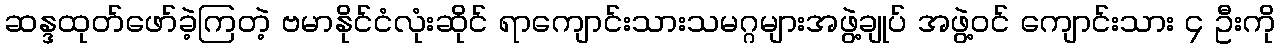
ဆန္ဒထုတ်ဖော်ခဲ့ကြတဲ့ ဗမာနိုင်ငံလုံးဆိုင် ရာကျောင်းသားသမဂ္ဂများအဖွဲ့ချုပ် အဖွဲ့ဝင် ကျောင်းသား ၄ ဦးကို